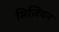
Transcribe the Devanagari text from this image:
सिज़ियन